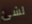
لشئ